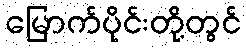
မြောက်ပိုင်းတို့တွင်